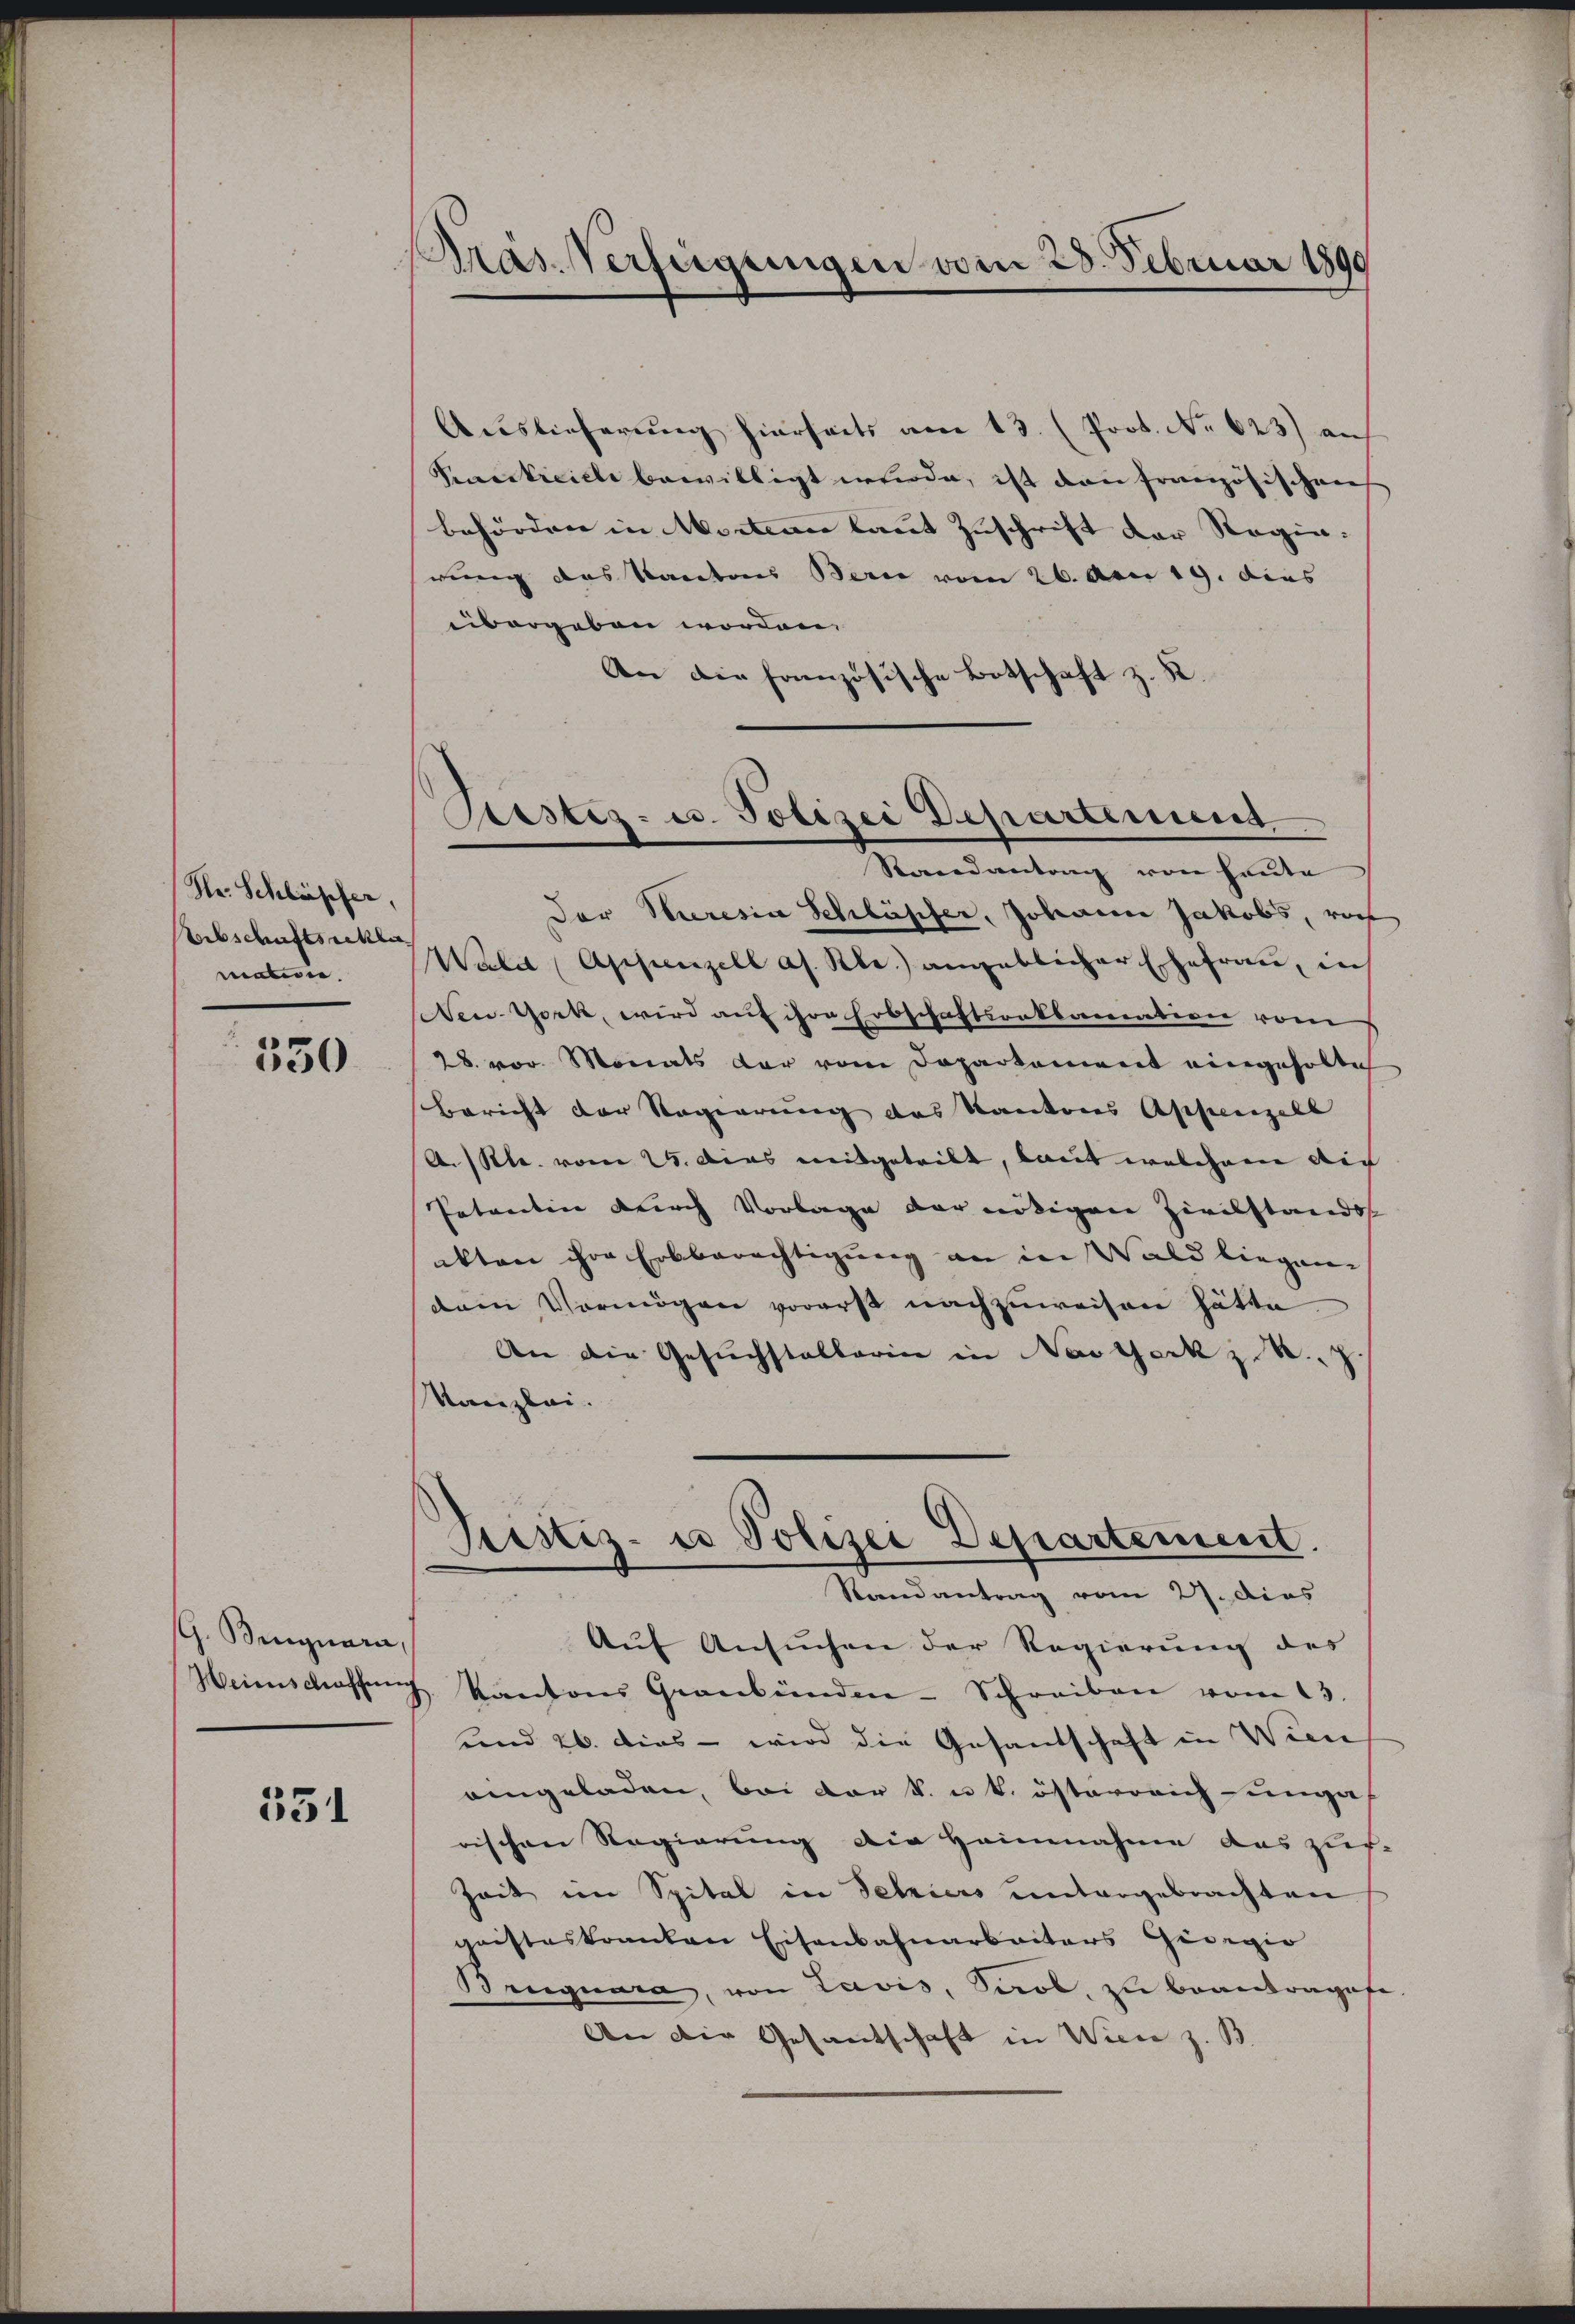
Hr. Schläpfer,
Erbschaftsschla
materie.

530

G. Bingnara,

551

PPräs. Verfügungen vom 28. Februar 1890

Kistes- u. Polizei Departement
Randantrag von heute

Auslieferung hierseits am 13. (Prot. No. 623) auf
Kacticiele bewilligt wurde, ist dann französischens
behörden in Acten laut Zuschrift der Regin.
rung des Kantons Bern vom 26. Am 19. dies
übergeben worden,
An die fanzösische Botschaft z. K.
Der Steresia Schläpfer, Johann Jakobs, rof
Wala (Appenzell as. Kle.) angeblicher Ehefrau, in
New-York, wird auf ihre Erbschaftsonklamation vom
28. vor. Monats der vom Doparkament eingeholte
Bericht der Regierung des Kantons Appenzell
A. R. vom 25. Das mitgeteilt, baut welchem die
Potanten durch Vorlage der nötigen Zivilstands
ekten ihre Erbberechtigung an in Wald liegen
dem Vermögen vorerst nachzuweisen hätte.
An die Gesŭchstallarin in Nastark z. B. J.
Kanzlei.
s
Justiz- & Polizei Departement.
Randantrag vom 27. dies
Auf Ansuchen der Regierung des
Weinschassŭng Kantons Graubünden-Schreiben vom 13.
und 26. dies - wird die Gesandschaft in Wien
eingeladen, bei der k. u. k. österrich ungarischen Regierung die Heinnahme aus zuf
Zeit im Spital in Petriers untergebrachten
geisteskranken Eisenbahnarbeiters Gidegio
Bruquara, von Lavis, Sool, zu beantrages
An die Gesandschaft in Wien z. B.